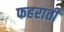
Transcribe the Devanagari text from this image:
फहराती